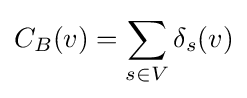
C_{B}(v)=\sum _{s\in V}\delta _{s}(v)